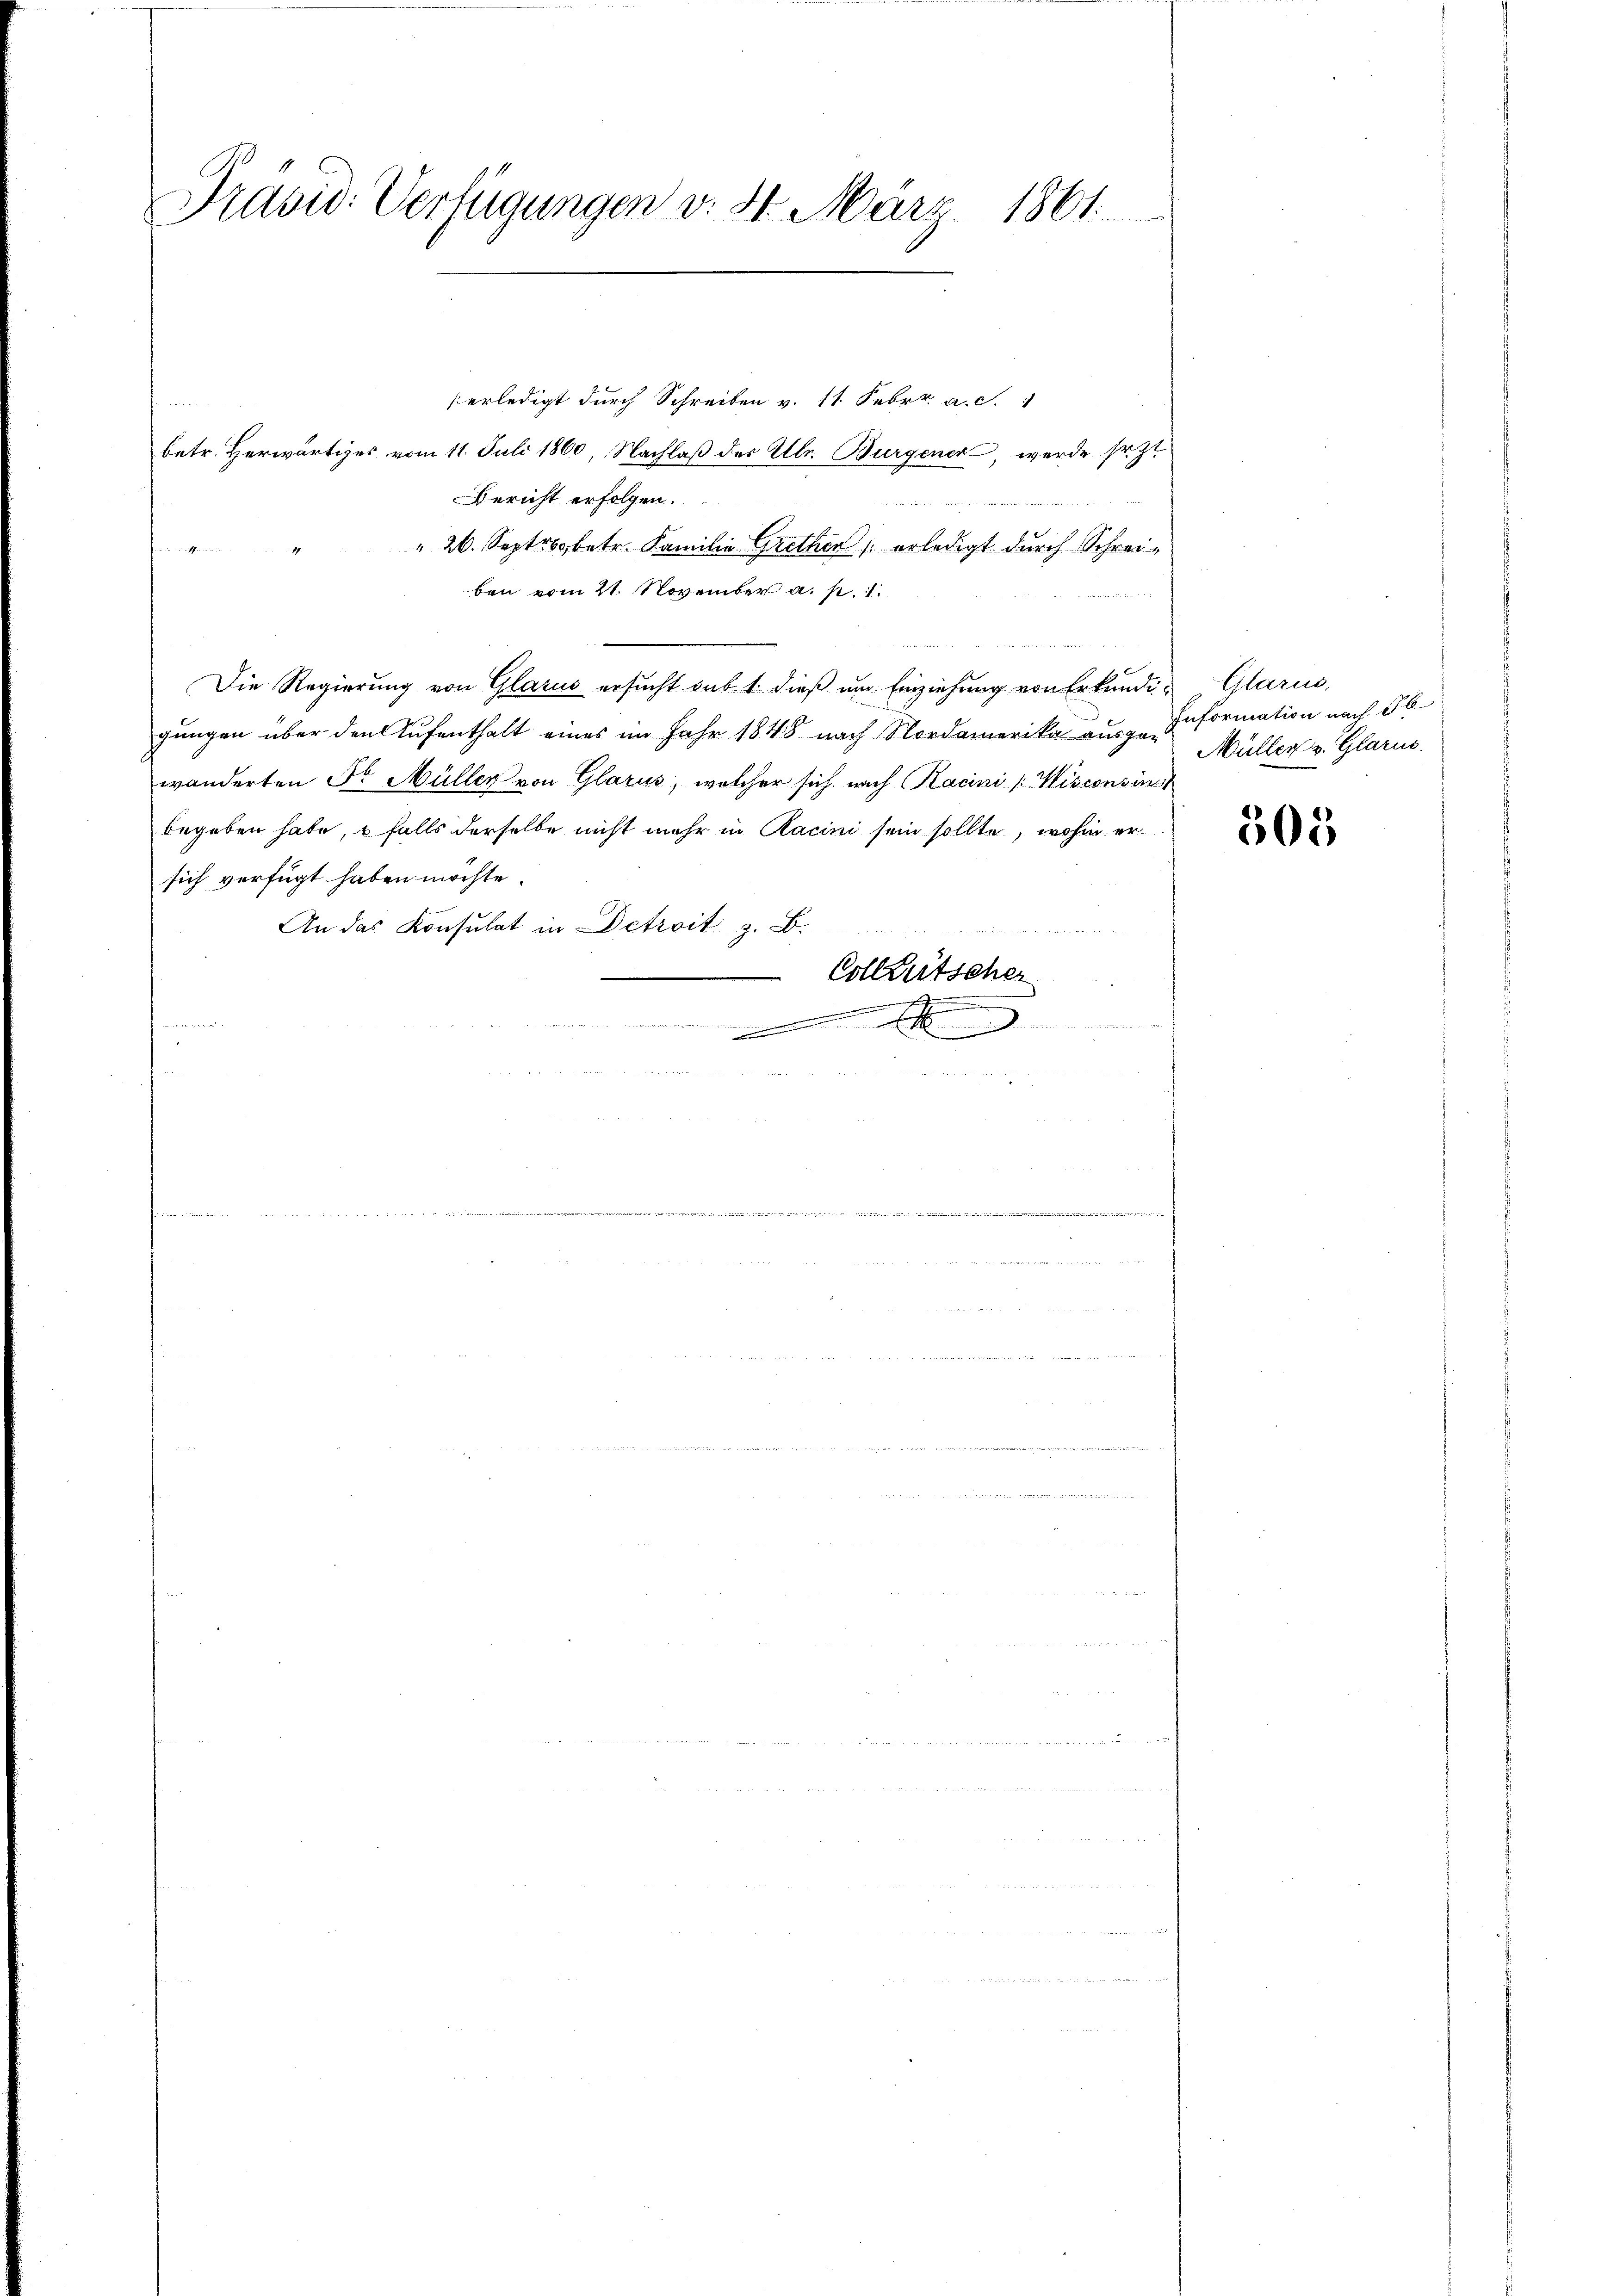
Präsid. Verfügungen v. 31. März 1861.

erledigt durch Schreiben v. 11. Febr. a. c.
betr. Herwärtiges vom 11. Juli 1860, Nachlaß der Ulr. Bürgener, werde sr. Zt
Bericht erfolgen.
" 26. Septrbobetr. Familie Grether erledigt durch Schreiben vom 21. November a. p. 1.
Die Regierung von Glarus ersucht sub 1. dieß um Einziehung von Erkundig Glarus,
gungen über den Aufenthalt eines im Jahr 1848 nach Nordamerika ausge-
wänderten Sr. Müller von Glarus, welcher sich nach Kacini [Wisconsin
begeben habe, falls derselbe nicht mehr in Kacini sein sollte, wohin er
sich verfügt haben möchte.
An das Konsulat in Detroit z. B.
AG S
.
Collaritscher
s
und der
e
e

Information nach de
Müller v. Glarus.

505